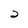
Character: 2